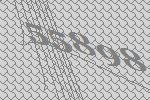
55898